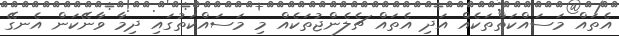
އެތައް މަސައްކަތްތަކެއް އަދި އެތައް ޗެލެންޖުތަކެއް މި މަސައްކަތުގައި ދިމާ ވާނޭކަން އެނގޭ